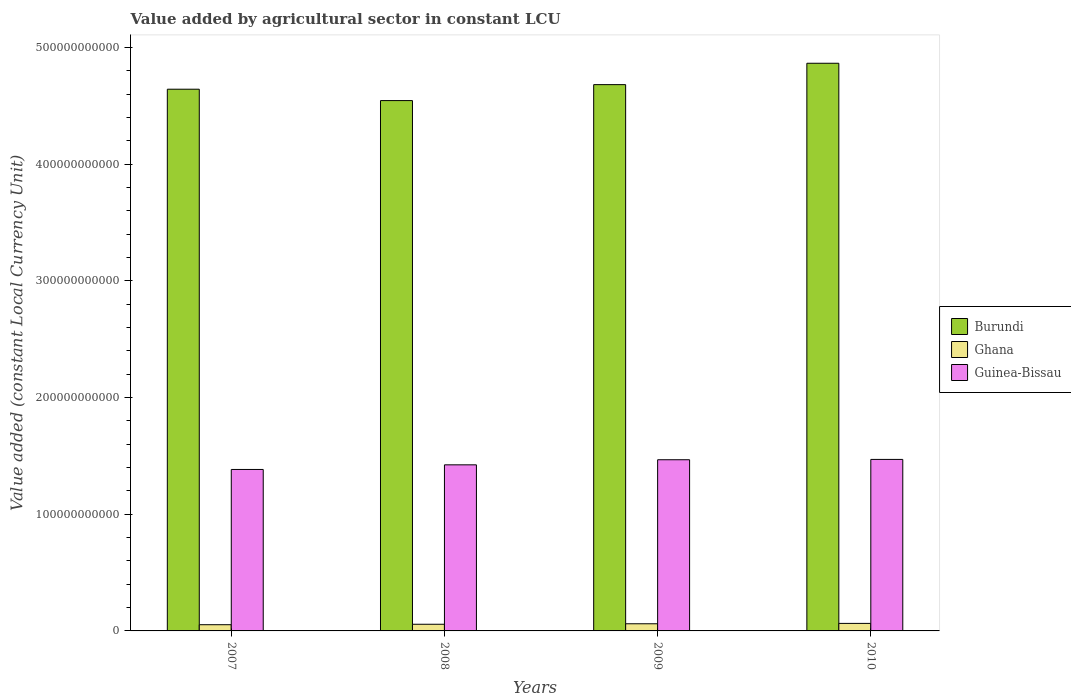
| Years | Burundi | Ghana | Guinea-Bissau |
 | --- | --- | --- | --- |
 | 2007 | 4.64e+11 | 5.32e+09 | 1.38e+11 |
 | 2008 | 4.55e+11 | 5.72e+09 | 1.42e+11 |
 | 2009 | 4.68e+11 | 6.13e+09 | 1.47e+11 |
 | 2010 | 4.87e+11 | 6.45e+09 | 1.47e+11 |